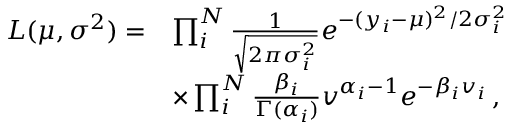
\begin{array} { r l } { L ( \mu , \boldsymbol { \sigma ^ { 2 } } ) = } & { \prod _ { i } ^ { N } \frac { 1 } { \sqrt { 2 \pi \sigma _ { i } ^ { 2 } } } e ^ { - ( y _ { i } - \mu ) ^ { 2 } / 2 \sigma _ { i } ^ { 2 } } } \\ & { \times \prod _ { i } ^ { N } \frac { \beta _ { i } } { \Gamma ( \alpha _ { i } ) } v ^ { \alpha _ { i } - 1 } e ^ { - \beta _ { i } v _ { i } } \, , } \end{array}